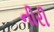
નીરી